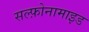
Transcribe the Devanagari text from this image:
सल्फ़ोनामाइड